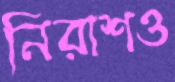
নিরাশও